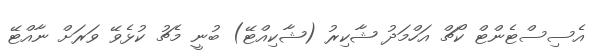
އެސިސްޓެންޓް ކޯޗް އަހްމަދު ޝާކިރު (ޝާކިއްޓޭ) ބުނީ މެޗު ކުޅެވޭ ވަރަށް ނާއްޓޭ